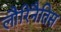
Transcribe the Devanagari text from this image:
लौरिनैतिस